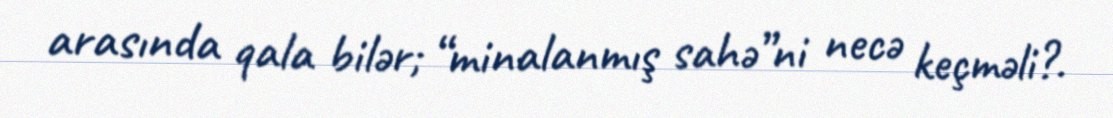
arasında qala bilər; “minalanmış sahə”ni necə keçməli?.